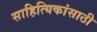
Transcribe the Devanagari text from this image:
साहित्यिकांसाठी